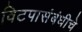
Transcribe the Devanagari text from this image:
विटपासंबंधीचे